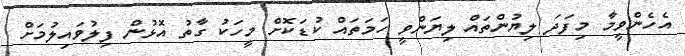
އެހެންވީމާ މިފަދަ ލިޔުންތައް ލިޔަންވީ ހަމަތައް ކުޑަކޮށް މީހަކު ގާތު އޮޅުން ފިލުވައިލުމަށް